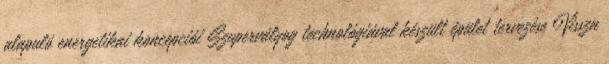
alapuló energetikai koncepciói Szupervályog technológiával készült épület tervezése Vissza